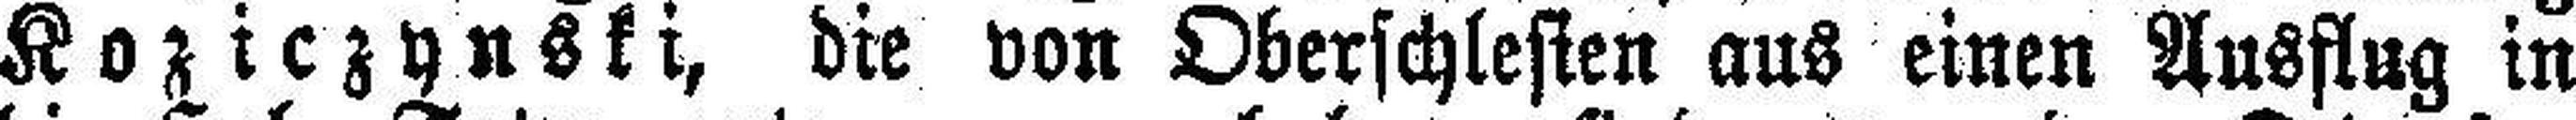
Koziczynski, die von Oberschlesien aus einen Ausflug in